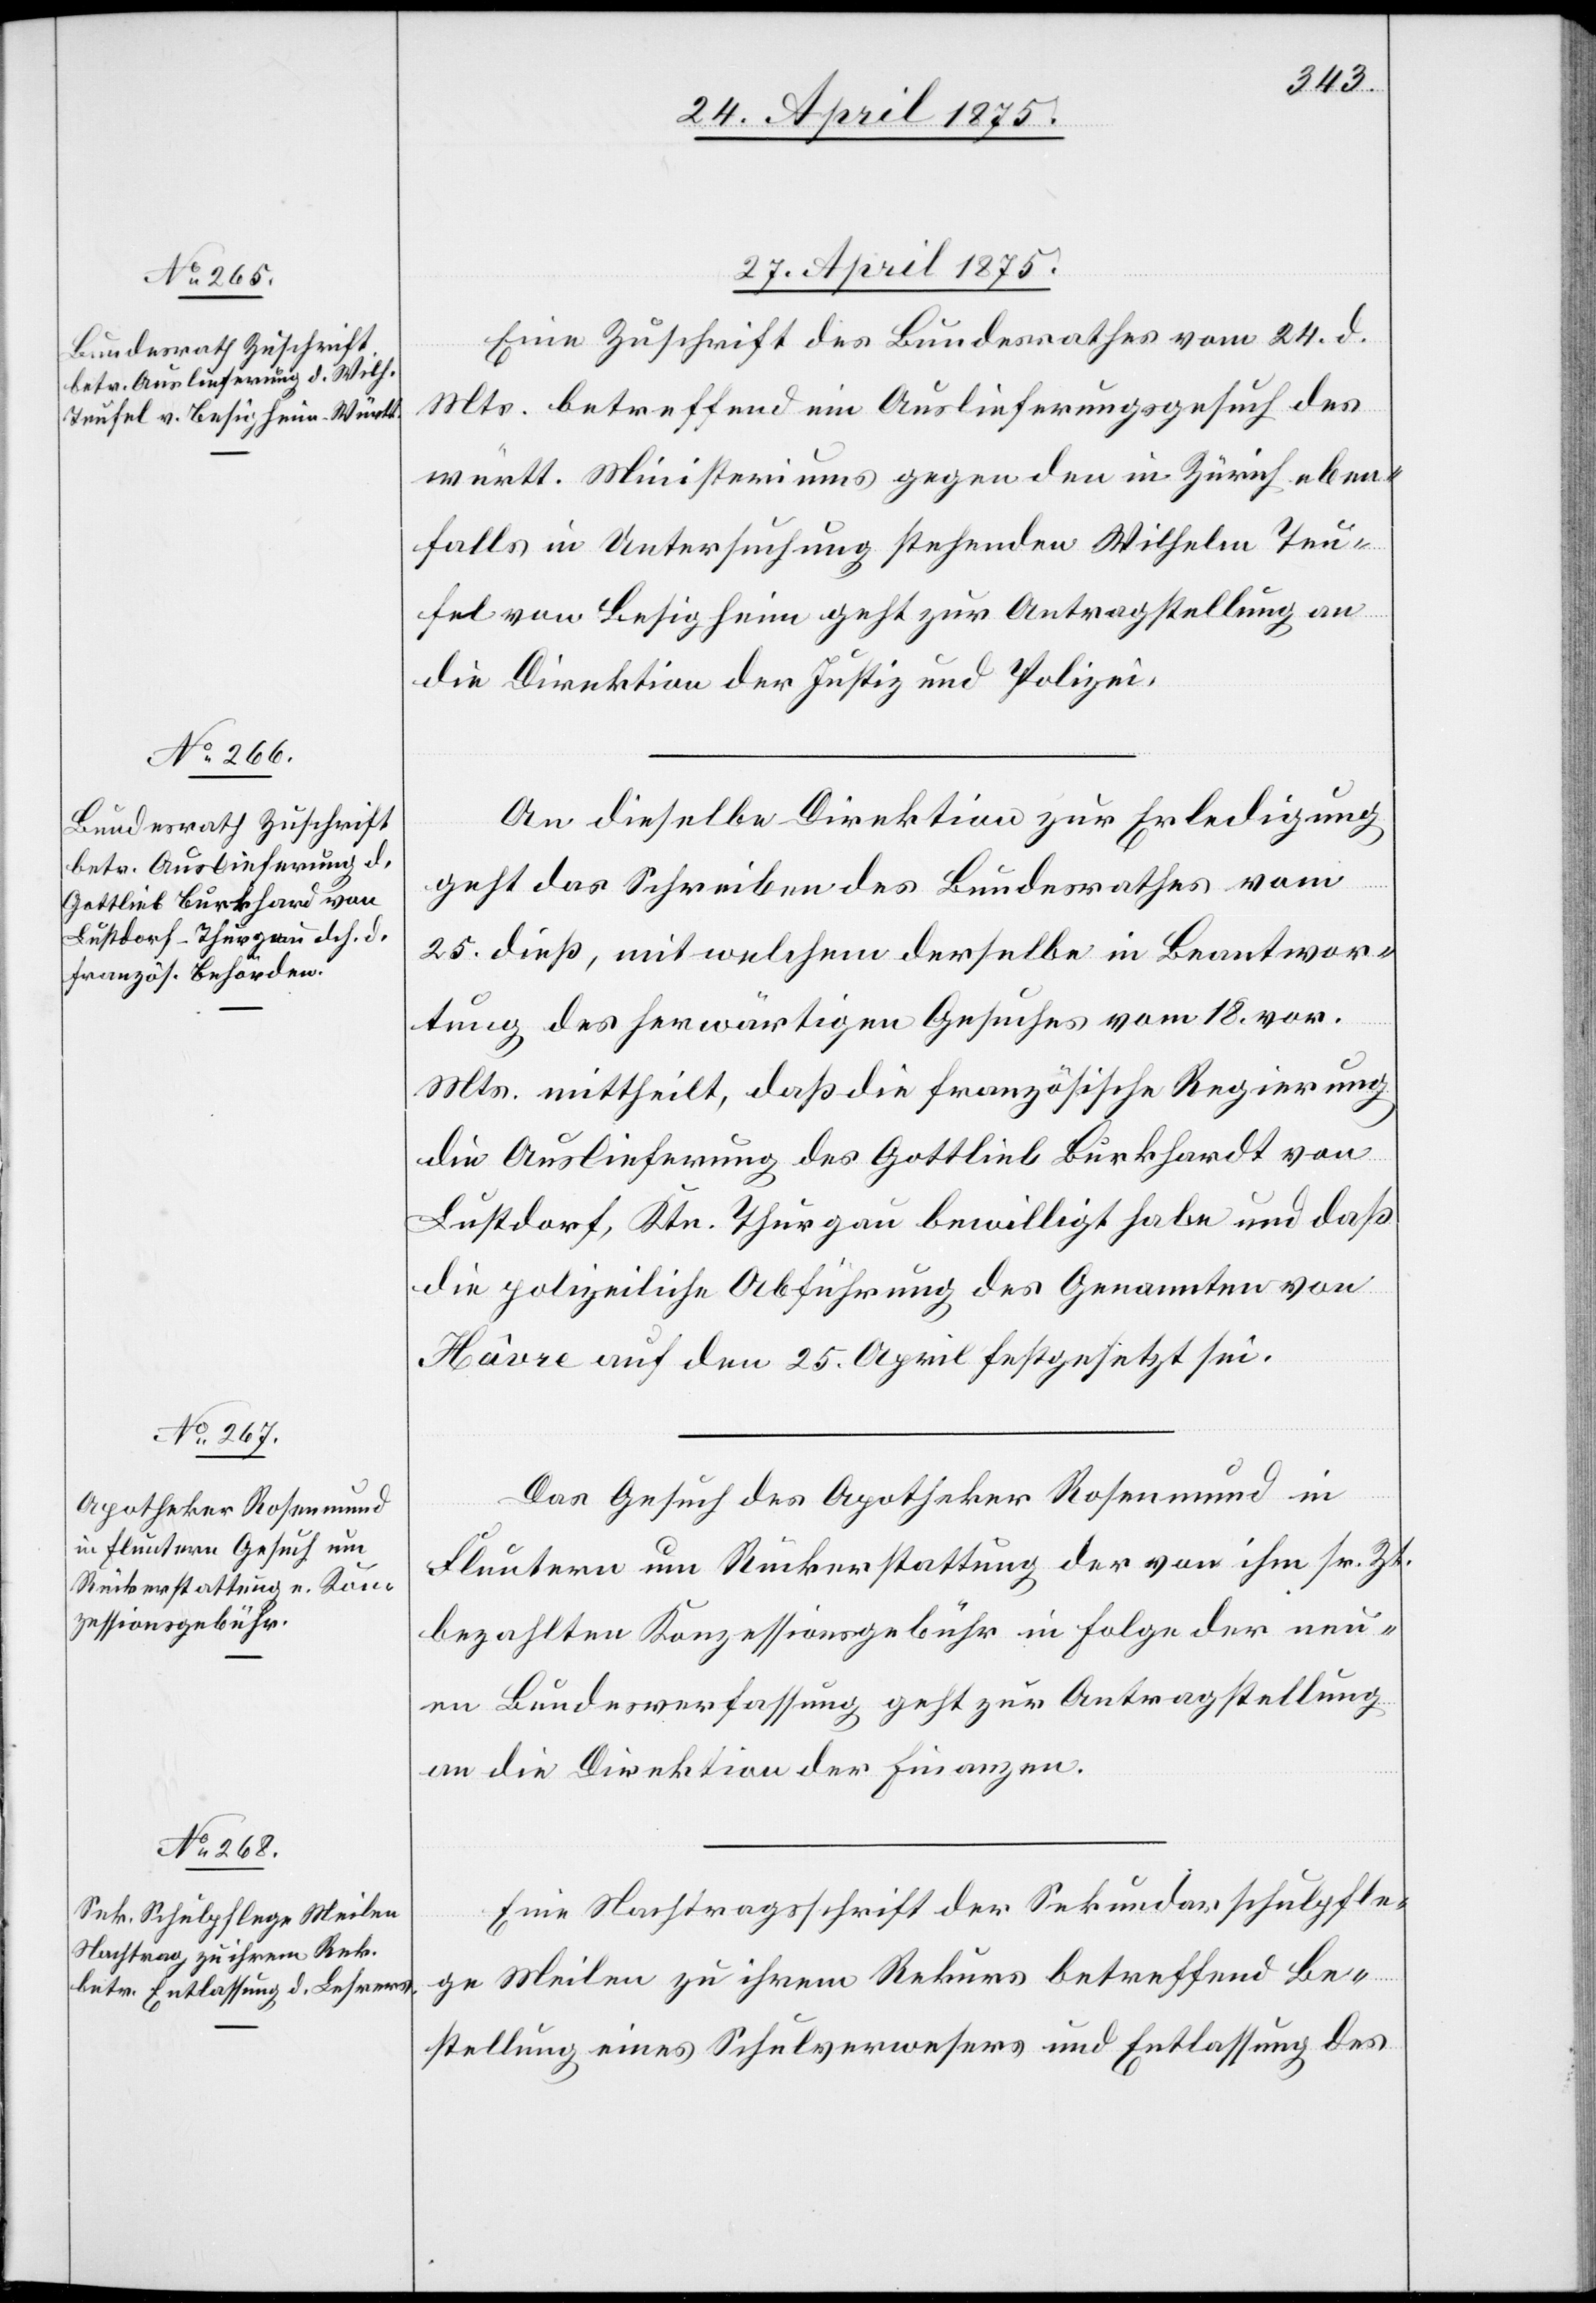
27. April 1875.]
27. April 1875.
Eine Zuschrift des Bundesrathes vom 24. d.
Mts. betreffend ein Auslieferungsgesuch des
württ. Ministeriums gegen den in Zürich eben¬
falls in Untersuchung stehenden Wilhelm Teu¬
fel von Besigheim geht zur Antragstellung an
die Direktion der Justiz und Polizei.
An dieselbe Direktion zur Erledigung
geht das Schreiben des Bundesrathes vom
25. dieß, mit welchem derselbe in Beantwor¬
tung des herwärtigen Gesuches vom 18. vor.
Mts. mittheilt, daß die französische Regierung
die Auslieferung des Gottlieb Burkhard von
Lustdorf, Ktn. Thurgau bewilligt habe und daß
die polizeiliche Abführung des Genannten von
Hâvre auf den 25. April festgesetzt sei.
Das Gesuch des Apotheker Rosenmund in
Fluntern um Rückerstattung der von ihm sr. Zt.
bezahlten Konzessionsgebühr in Folge der neu¬
en Bundesverfassung geht zur Antragstellung
an die Direktion des Finanzen.
Eine Nachtragspflicht der Sekundarschulpfle¬
ge Meilen zu ihrem Rekurs betreffend Be¬
stellung eines Schulwesens und Entlassung des